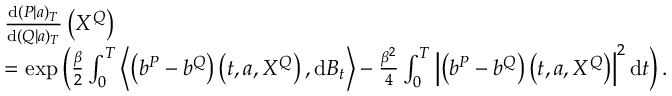
\begin{array} { r l } & { \frac { \mathrm { d } ( P | a ) _ { T } } { \mathrm { d } ( Q | a ) _ { T } } \left( X ^ { Q } \right) } \\ & { = \exp \left( \frac { \beta } { 2 } \int _ { 0 } ^ { T } \left\langle \left( b ^ { P } - b ^ { Q } \right) \left( t , a , X ^ { Q } \right) , \mathrm { d } B _ { t } \right\rangle - \frac { \beta ^ { 2 } } { 4 } \int _ { 0 } ^ { T } \left| \left( b ^ { P } - b ^ { Q } \right) \left( t , a , X ^ { Q } \right) \right| ^ { 2 } \mathrm { d } t \right) . } \end{array}